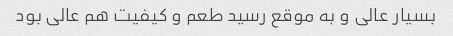
بسیار عالی و به موقع رسید طعم و کیفیت هم عالی بود